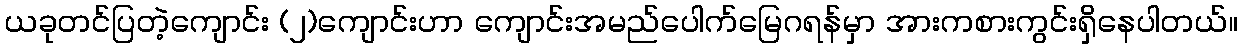
ယခုတင်ပြတဲ့ကျောင်း (၂)ကျောင်းဟာ ကျောင်းအမည်ပေါက်မြေဂရန်မှာ အားကစားကွင်းရှိနေပါတယ်။